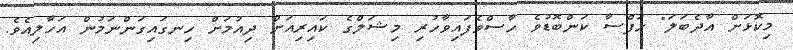
މިކޮޅަށް އާދެބަލަ" ހަފްސާ ކަންބޮޑުވެ ހާސްވެފައިވާހުރި މިޝަލްގެ ކައިރިއަށް ދިއުމަށް ހިނގައިގަންނަމުން އަހާލިއެވެ.